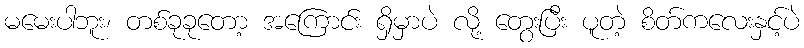
မမေးပါဘူး၊ တစ်ခုခုတော့ အကြောင်း ရှိမှာပဲ လို့ တွေးပြီး ပူတဲ့ စိတ်ကလေးနှင့်ပဲ